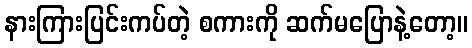
နားကြားပြင်းကပ်တဲ့ စကားကို ဆက်မပြောနဲ့တော့။